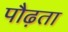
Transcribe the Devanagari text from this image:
पौढ़ता